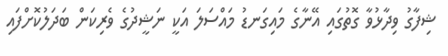
ޝިފާގު ވިދާޅުވާ ގޮތުގައި އޭނާގެ މައިގަނޑު މައްސަލަ އަކީ ނަޝީދުގެ ވެރިކަން ބަދަލުކޮށްފައި